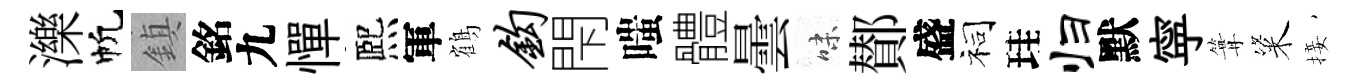
濼帆鎮銘九憚熈軍鶴钩閇嗤體曇味鄼盛祠珪归默寜篝粢接